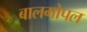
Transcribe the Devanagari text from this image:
बालगोपल